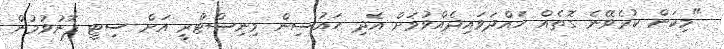
"މިކަން ކުރެވޭނެ ގޮތެއް ހައްދަވައިދެއްވުމަށް އެދި ހައުސިން މިނިސްޓްރީ އަށް ސިޓީ ފޮނުވުމުން